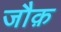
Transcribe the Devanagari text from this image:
जौक़